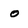
Character: 0